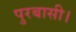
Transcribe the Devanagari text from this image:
पुरबासी।